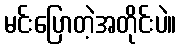
မင်းပြောတဲ့အတိုင်းပဲ။